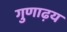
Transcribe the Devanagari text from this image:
गुणाढ़य